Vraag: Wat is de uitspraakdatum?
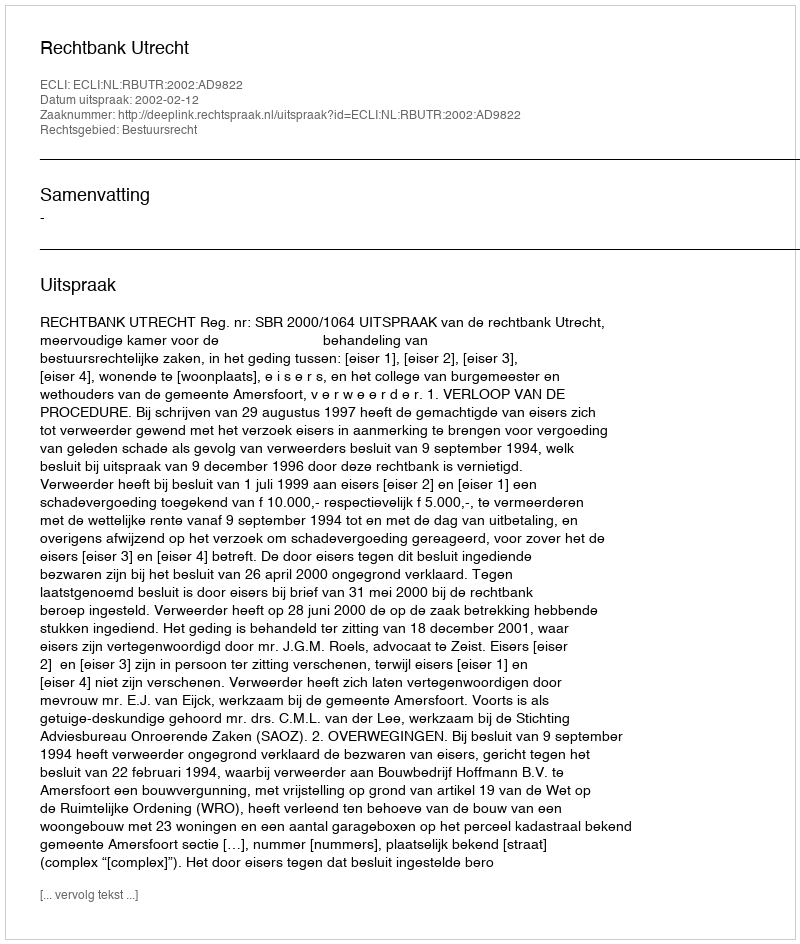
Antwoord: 2002-02-12